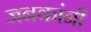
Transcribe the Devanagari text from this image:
जनकांनी